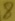
Text: 8